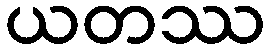
ယတဿ